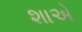
શાએ